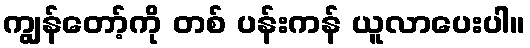
ကျွန်တော့်ကို တစ် ပန်းကန် ယူလာပေးပါ။